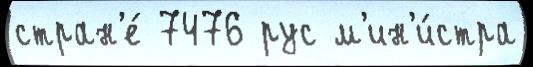
стран'е́ 7476 рус м'ин'и́стра